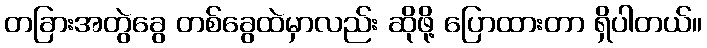
တခြားအတွဲခွေ တစ်ခွေထဲမှာလည်း ဆိုဖို့ ပြောထားတာ ရှိပါတယ်။